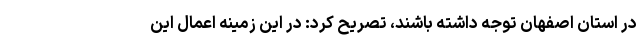
در استان اصفهان توجه داشته باشند، تصریح کرد: در این زمینه اعمال این